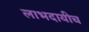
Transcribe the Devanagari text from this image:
लाभदायीच